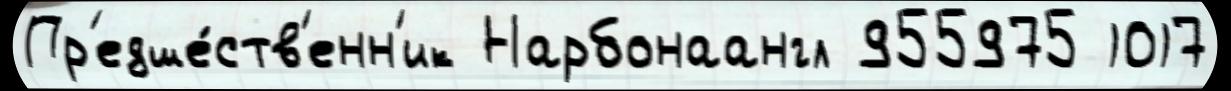
Пр'едше́ств'енн'ик Нарбонаангл 955975 1017